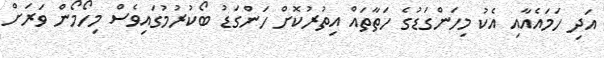
އަދި ހަމައެއާއި އެކު މިހަންގަޑުގެ ހަތާތައް އިތުރުކޮށް ހަންގަޑު ބޯކުރުމުގައިވެސް މިހޯމޯން ވަރަށް